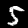
Digit: 5